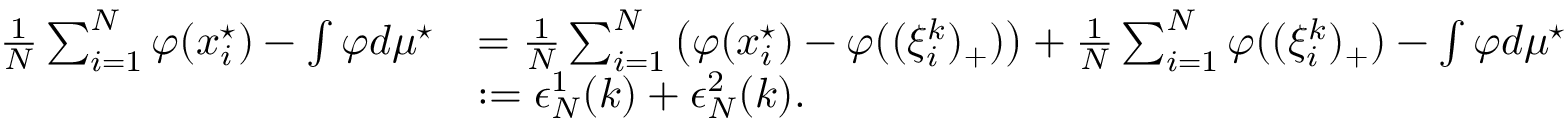
\begin{array} { r l } { \frac 1 N \sum _ { i = 1 } ^ { N } \varphi ( x _ { i } ^ { \star } ) - \int \varphi d \mu ^ { \star } } & { = \frac 1 N \sum _ { i = 1 } ^ { N } \left( \varphi ( x _ { i } ^ { \star } ) - \varphi ( ( \xi _ { i } ^ { k } ) _ { + } ) \right) + \frac 1 N \sum _ { i = 1 } ^ { N } \varphi ( ( \xi _ { i } ^ { k } ) _ { + } ) - \int \varphi d \mu ^ { \star } } \\ & { : = \epsilon _ { N } ^ { 1 } ( k ) + \epsilon _ { N } ^ { 2 } ( k ) . } \end{array}